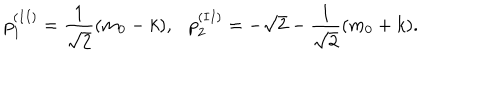
LaTeX: p _ { 1 } ^ { ( I I ) } = \frac { 1 } { \sqrt { 2 } } ( m _ { 0 } - k ) , p _ { 2 } ^ { ( I I ) } = - \sqrt { 2 } - \frac { 1 } { \sqrt { 2 } } ( m _ { 0 } + k ) .